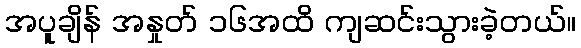
အပူချိန် အနှုတ် ၁၆အထိ ကျဆင်းသွားခဲ့တယ်။